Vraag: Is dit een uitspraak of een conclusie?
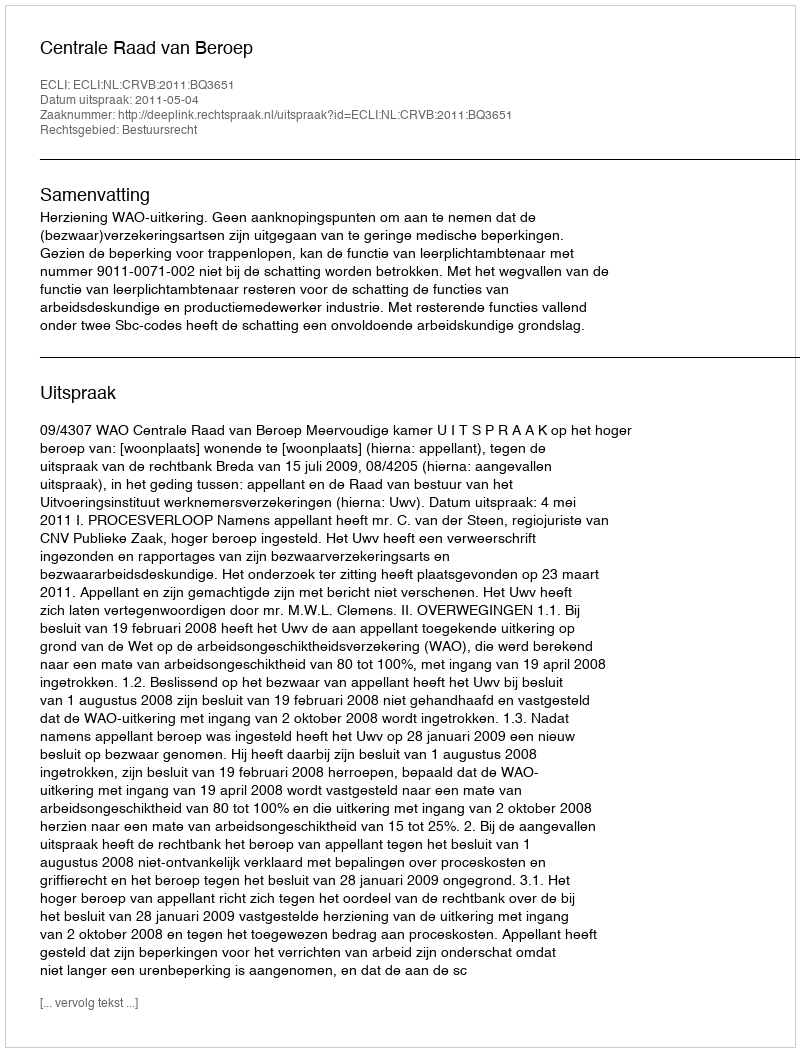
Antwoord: Uitspraak